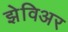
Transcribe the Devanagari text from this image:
झेविअर